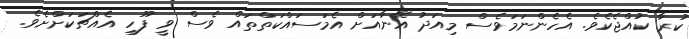
ކުރާ ކުއްޖެކެވެ. އެހެންނަމަވެސް މިއަދު އޭނާއަށް އެމަސައްކަތްތައް ވެސް ވީ ފޫހި އެއްޗަކަށްށެވެ.